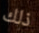
ذلك